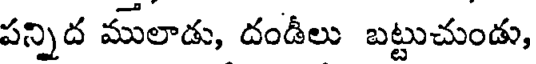
పన్నిద ములాడు, దండీలు బట్టుచుండు,